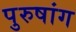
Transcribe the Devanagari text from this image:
पुरुषांग